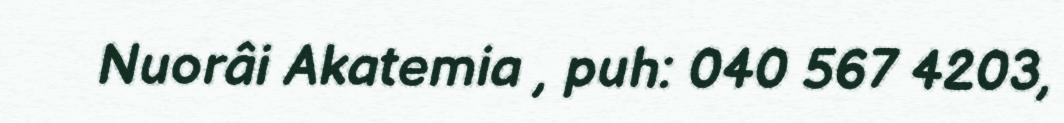
Nuorâi Akatemia , puh: 040 567 4203,